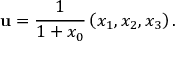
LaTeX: \mathbf { u } = { \frac { 1 } { 1 + x _ { 0 } } } \left( x _ { 1 } , x _ { 2 } , x _ { 3 } \right) .